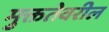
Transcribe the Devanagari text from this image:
मुक्ततेवरील